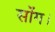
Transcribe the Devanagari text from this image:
सोंग।